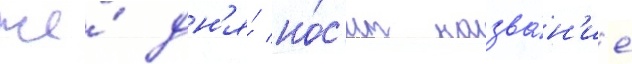
же́ дн'я́ но́с'ит назва́н'ие